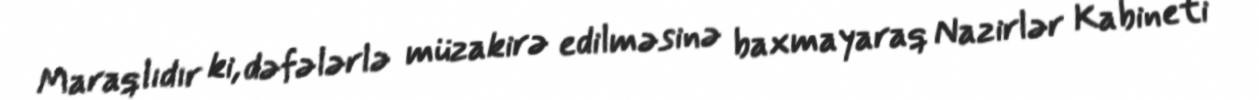
Maraqlıdır ki, dəfələrlə müzakirə edilməsinə baxmayaraq Nazirlər Kabineti